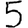
Digit: 5